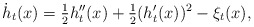
\begin{align*}\dot{h}_t(x) = \tfrac12 h''_t(x) + \tfrac12(h'_t(x))^2 - \xi_t(x),\end{align*}